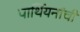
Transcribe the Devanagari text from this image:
पार्थियनांची